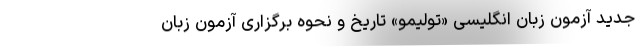
جدید آزمون زبان انگلیسی «تولیمو» تاریخ‌ و نحوه‌ برگزاری آزمون زبان